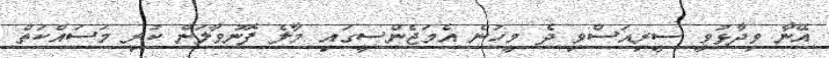
އޭނާ ވިދާޅުވީ ސީރިއަސްވި ދެ މީހުން އެމަޖެންސީގައި މާލެ ފޮނުވާލަން ކުރި މަސައްކަތް